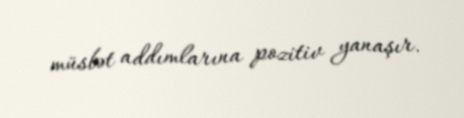
müsbət addımlarına pozitiv yanaşır.